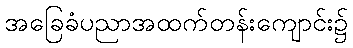
အခြေခံပညာအထက်တန်းကျောင်း၌